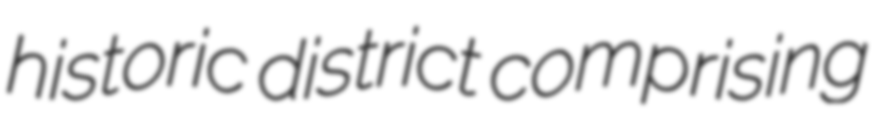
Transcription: historic district comprising